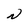
Character: N